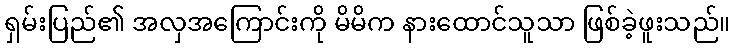
ရှမ်းပြည်၏ အလှအကြောင်းကို မိမိက နားထောင်သူသာ ဖြစ်ခဲ့ဖူးသည်။